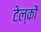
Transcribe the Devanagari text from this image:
टेल्कों